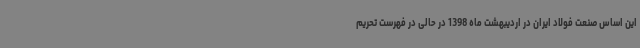
این اساس صنعت فولاد ایران در اردیبهشت ماه 1398 در حالی در فهرست تحریم